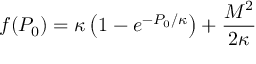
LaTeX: f ( P _ { 0 } ) = \kappa \left( 1 - e ^ { - P _ { 0 } / \kappa } \right) + \frac { { \cal M } ^ { 2 } } { 2 \kappa }